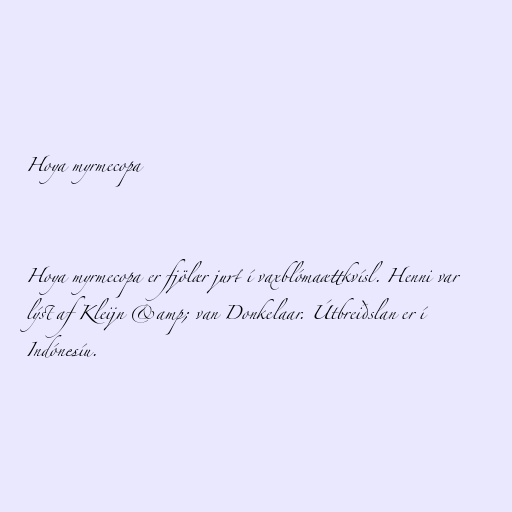
Hoya myrmecopa

Hoya myrmecopa er fjölær jurt í vaxblómaættkvísl. Henni var
lýst af Kleijn &amp; van Donkelaar. Útbreiðslan er í
Indónesíu.